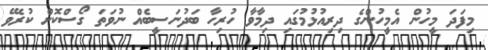
މިފަދަ މީހުން އެމީހުންގެ ދިރިއުޅުމުގައި ދިމާވާ ހުރިހާ ބަދުނަސީބެއް ނުވަތަ ގޯސްކޮށް ކުރެވޭ